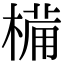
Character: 𣖾